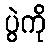
ပွဲကို